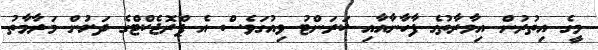
މީގެ އިތުރުން އިމާރާތުގެ ފާހާނާއާއި ކަރަންޓު ވިއުގަވެސް އެ ޕްރޮޖެކްޓްގެ ދަށުން މަރާމާތު